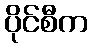
ပိုင်စီက